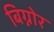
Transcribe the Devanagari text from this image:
बिग्नोर